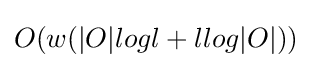
O(w(|O|logl+llog|O|))